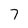
Character: 7